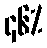
၄၆%